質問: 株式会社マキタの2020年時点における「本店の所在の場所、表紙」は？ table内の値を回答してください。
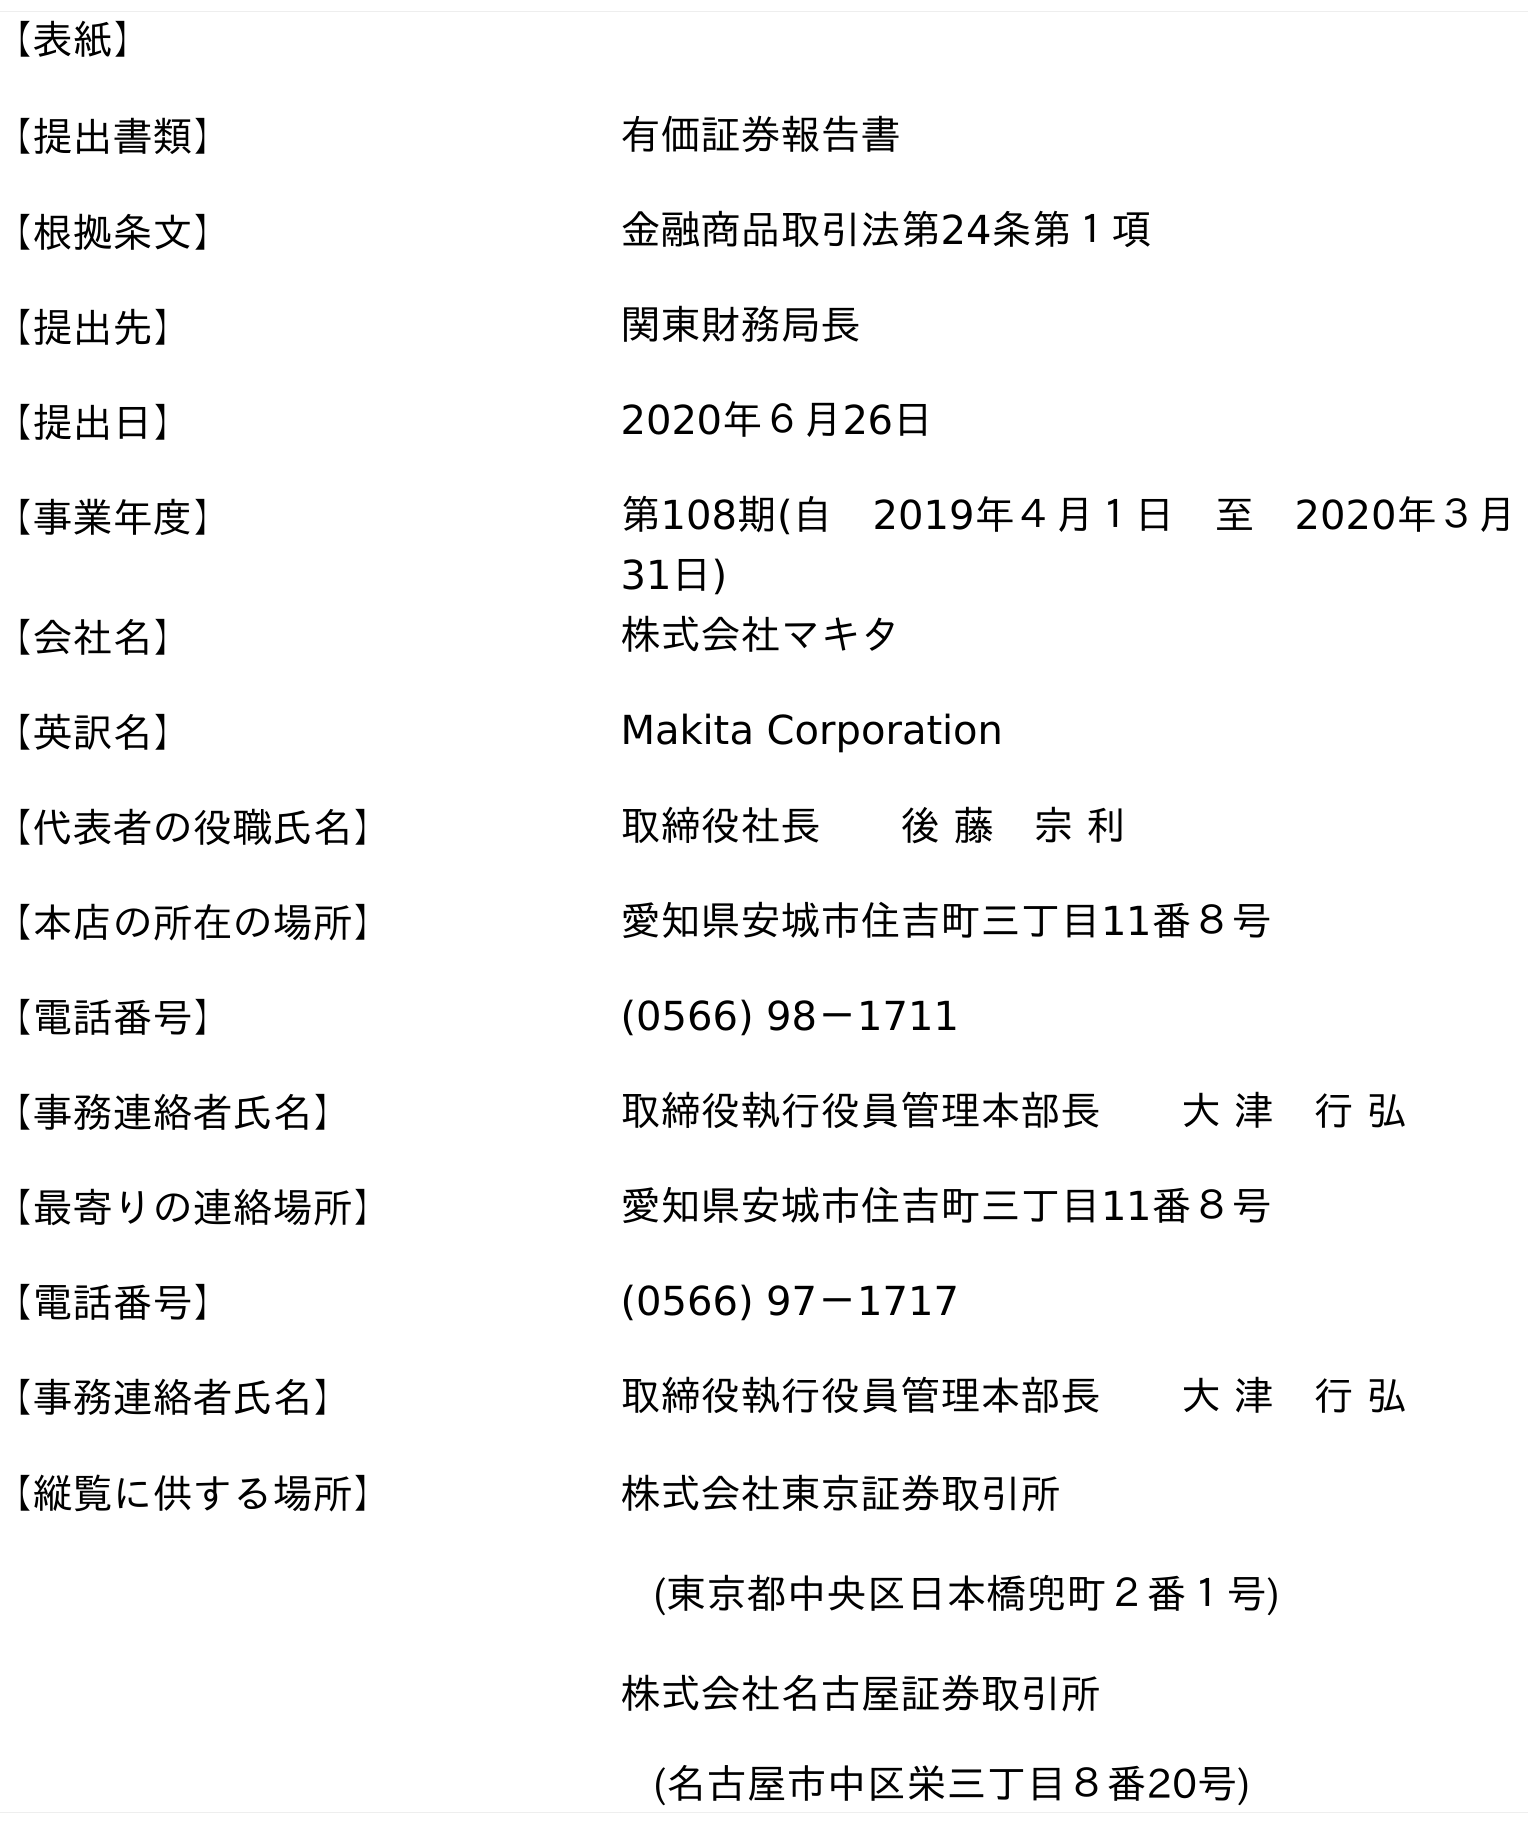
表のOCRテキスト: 【表紙】 【提出書類】 有価証券報告書 【根拠条文】 金融商品取引法第24条第１項 【提出先】 関東財務局長 【提出日】 2020年６月26日 【事業年度】 第108期(自 2019年４月１日 至 2020年３月 31日) 【会社名】 株式会社マキタ 【英訳名】 Makita Corporation 【代表者の役職氏名】 取締役社長  後 藤 宗 利 【本店の所在の場所】 愛知県安城市住吉町三丁目11番８号 【電話番号】 (0566) 98－1711 【事務連絡者氏名】 取締役執行役員管理本部長  大 津 行 弘 【最寄りの連絡場所】 愛知県安城市住吉町三丁目11番８号 【電話番号】 (0566) 97－1717 【事務連絡者氏名】 取締役執行役員管理本部長  大 津 行 弘 【縦覧に供する場所】 株式会社東京証券取引所 (東京都中央区日本橋兜町２番１号) 株式会社名古屋証券取引所 (名古屋市中区栄三丁目８番20号)
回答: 愛知県安城市住吉町三丁目11番８号